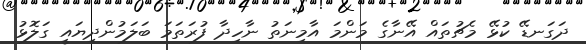
ދަގަނޑޭ ކުޅޭ މެޗުތަައް އޭނާގެ މަންމަ އާމިނަތު ނާހިދާ ފުރަތަމަ ބަލަމުންދިޔައީ ގަލޮޅު